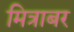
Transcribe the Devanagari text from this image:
मित्राबर